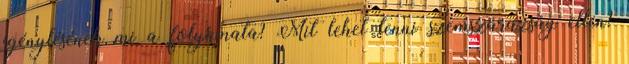
igénylésének mi a folyamata? Mit lehet tenni szemszárazság ellen?